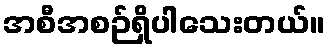
အစီအစဉ်ရှိပါသေးတယ်။